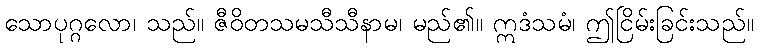
သောပုဂ္ဂလော၊ သည်။ ဇီဝိတသမသီသီနာမ၊ မည်၏။ ဣဒံသမံ၊ ဤငြိမ်းခြင်းသည်။